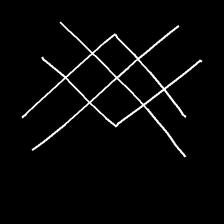
Glyph: crystal